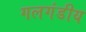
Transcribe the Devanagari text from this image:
गलगंडीय